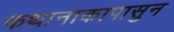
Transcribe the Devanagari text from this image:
कथानाकापासुन